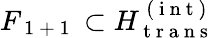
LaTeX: F_{\mathrm{~1~+~1~}}\subset H_{\mathrm{~t~r~a~n~s~}}^{\mathrm{~(~i~n~t~)~}}